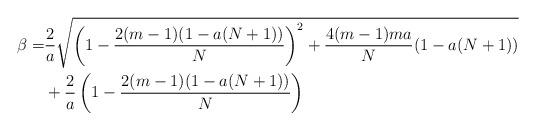
LaTeX: \begin{align*}\beta = &\frac{2}{a} \sqrt{\left( 1 - \frac{2(m-1)(1-a(N+1))}{N} \right)^2 + \frac{4(m-1)ma}{N} (1-a(N+1))}\\& + \frac{2}{a} \left( 1 - \frac{2(m-1)(1-a(N+1))}{N} \right) \end{align*}